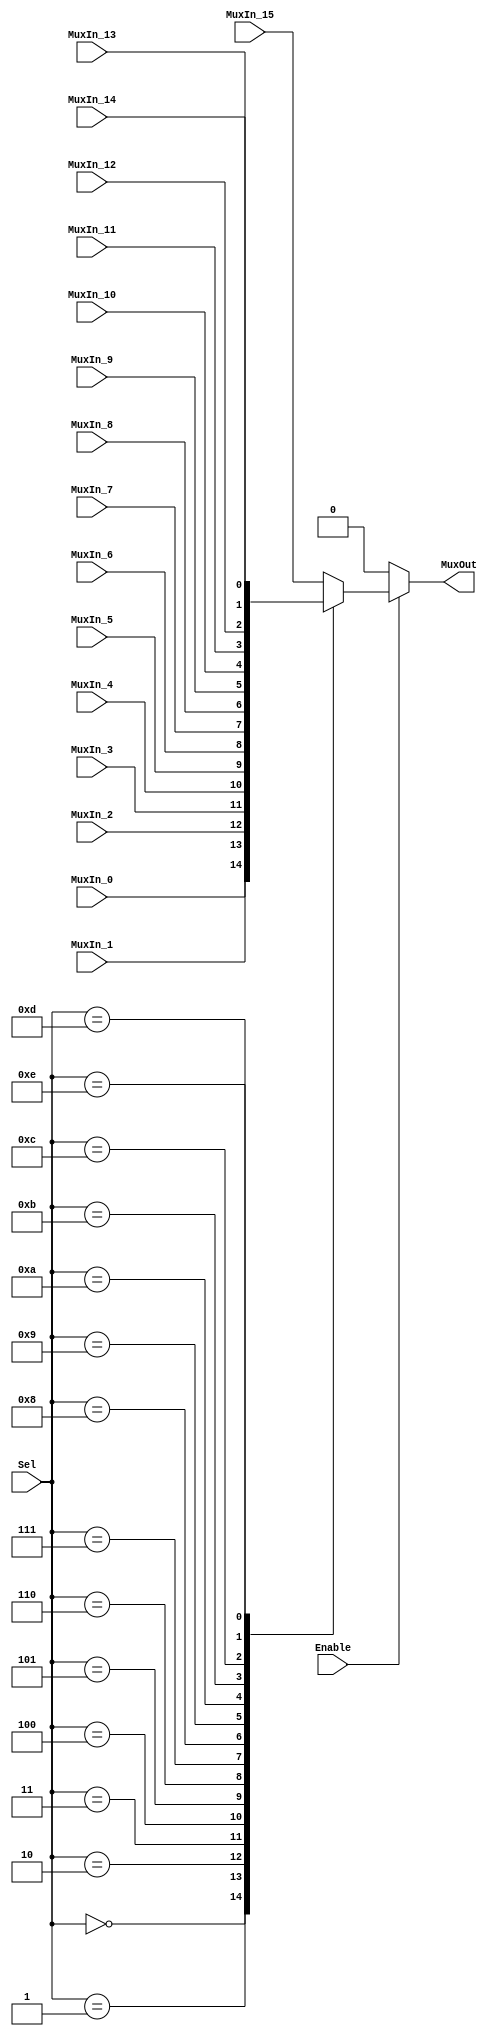
/******************************************************************************
 ** Logisim goes FPGA automatic generated Verilog code                       **
 **                                                                          **
 ** Component : Multiplexer_bus_16                                           **
 **                                                                          **
 ******************************************************************************/

module Multiplexer_bus_16( Enable,
                           MuxIn_0,
                           MuxIn_1,
                           MuxIn_10,
                           MuxIn_11,
                           MuxIn_12,
                           MuxIn_13,
                           MuxIn_14,
                           MuxIn_15,
                           MuxIn_2,
                           MuxIn_3,
                           MuxIn_4,
                           MuxIn_5,
                           MuxIn_6,
                           MuxIn_7,
                           MuxIn_8,
                           MuxIn_9,
                           Sel,
                           MuxOut);

   /***************************************************************************
    ** Here all module parameters are defined with a dummy value             **
    ***************************************************************************/
   parameter NrOfBits = 1;


   /***************************************************************************
    ** Here the inputs are defined                                           **
    ***************************************************************************/
   input  Enable;
   input[NrOfBits-1:0]  MuxIn_0;
   input[NrOfBits-1:0]  MuxIn_1;
   input[NrOfBits-1:0]  MuxIn_10;
   input[NrOfBits-1:0]  MuxIn_11;
   input[NrOfBits-1:0]  MuxIn_12;
   input[NrOfBits-1:0]  MuxIn_13;
   input[NrOfBits-1:0]  MuxIn_14;
   input[NrOfBits-1:0]  MuxIn_15;
   input[NrOfBits-1:0]  MuxIn_2;
   input[NrOfBits-1:0]  MuxIn_3;
   input[NrOfBits-1:0]  MuxIn_4;
   input[NrOfBits-1:0]  MuxIn_5;
   input[NrOfBits-1:0]  MuxIn_6;
   input[NrOfBits-1:0]  MuxIn_7;
   input[NrOfBits-1:0]  MuxIn_8;
   input[NrOfBits-1:0]  MuxIn_9;
   input[3:0]  Sel;

   /***************************************************************************
    ** Here the outputs are defined                                          **
    ***************************************************************************/
   output[NrOfBits-1:0] MuxOut;

   /***************************************************************************
    ** Here the internal registers are defined                               **
    ***************************************************************************/
   reg[NrOfBits-1:0] s_selected_vector;

   assign MuxOut = s_selected_vector;

   always @(*)
   begin
      if (~Enable) s_selected_vector <= 0;
      else case (Sel)
         4'b0000:
            s_selected_vector <= MuxIn_0;
         4'b0001:
            s_selected_vector <= MuxIn_1;
         4'b0010:
            s_selected_vector <= MuxIn_2;
         4'b0011:
            s_selected_vector <= MuxIn_3;
         4'b0100:
            s_selected_vector <= MuxIn_4;
         4'b0101:
            s_selected_vector <= MuxIn_5;
         4'b0110:
            s_selected_vector <= MuxIn_6;
         4'b0111:
            s_selected_vector <= MuxIn_7;
         4'b1000:
            s_selected_vector <= MuxIn_8;
         4'b1001:
            s_selected_vector <= MuxIn_9;
         4'b1010:
            s_selected_vector <= MuxIn_10;
         4'b1011:
            s_selected_vector <= MuxIn_11;
         4'b1100:
            s_selected_vector <= MuxIn_12;
         4'b1101:
            s_selected_vector <= MuxIn_13;
         4'b1110:
            s_selected_vector <= MuxIn_14;
         default:
            s_selected_vector <= MuxIn_15;
      endcase
   end

endmodule